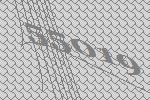
55019